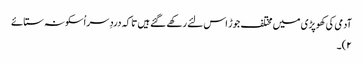
آدمی کی کھوپڑی میں مختلف جوڑ اس لئے رکھے گئے ہیں تا کہ دردِ سر اُسکو نہ ستائے
۲)۔